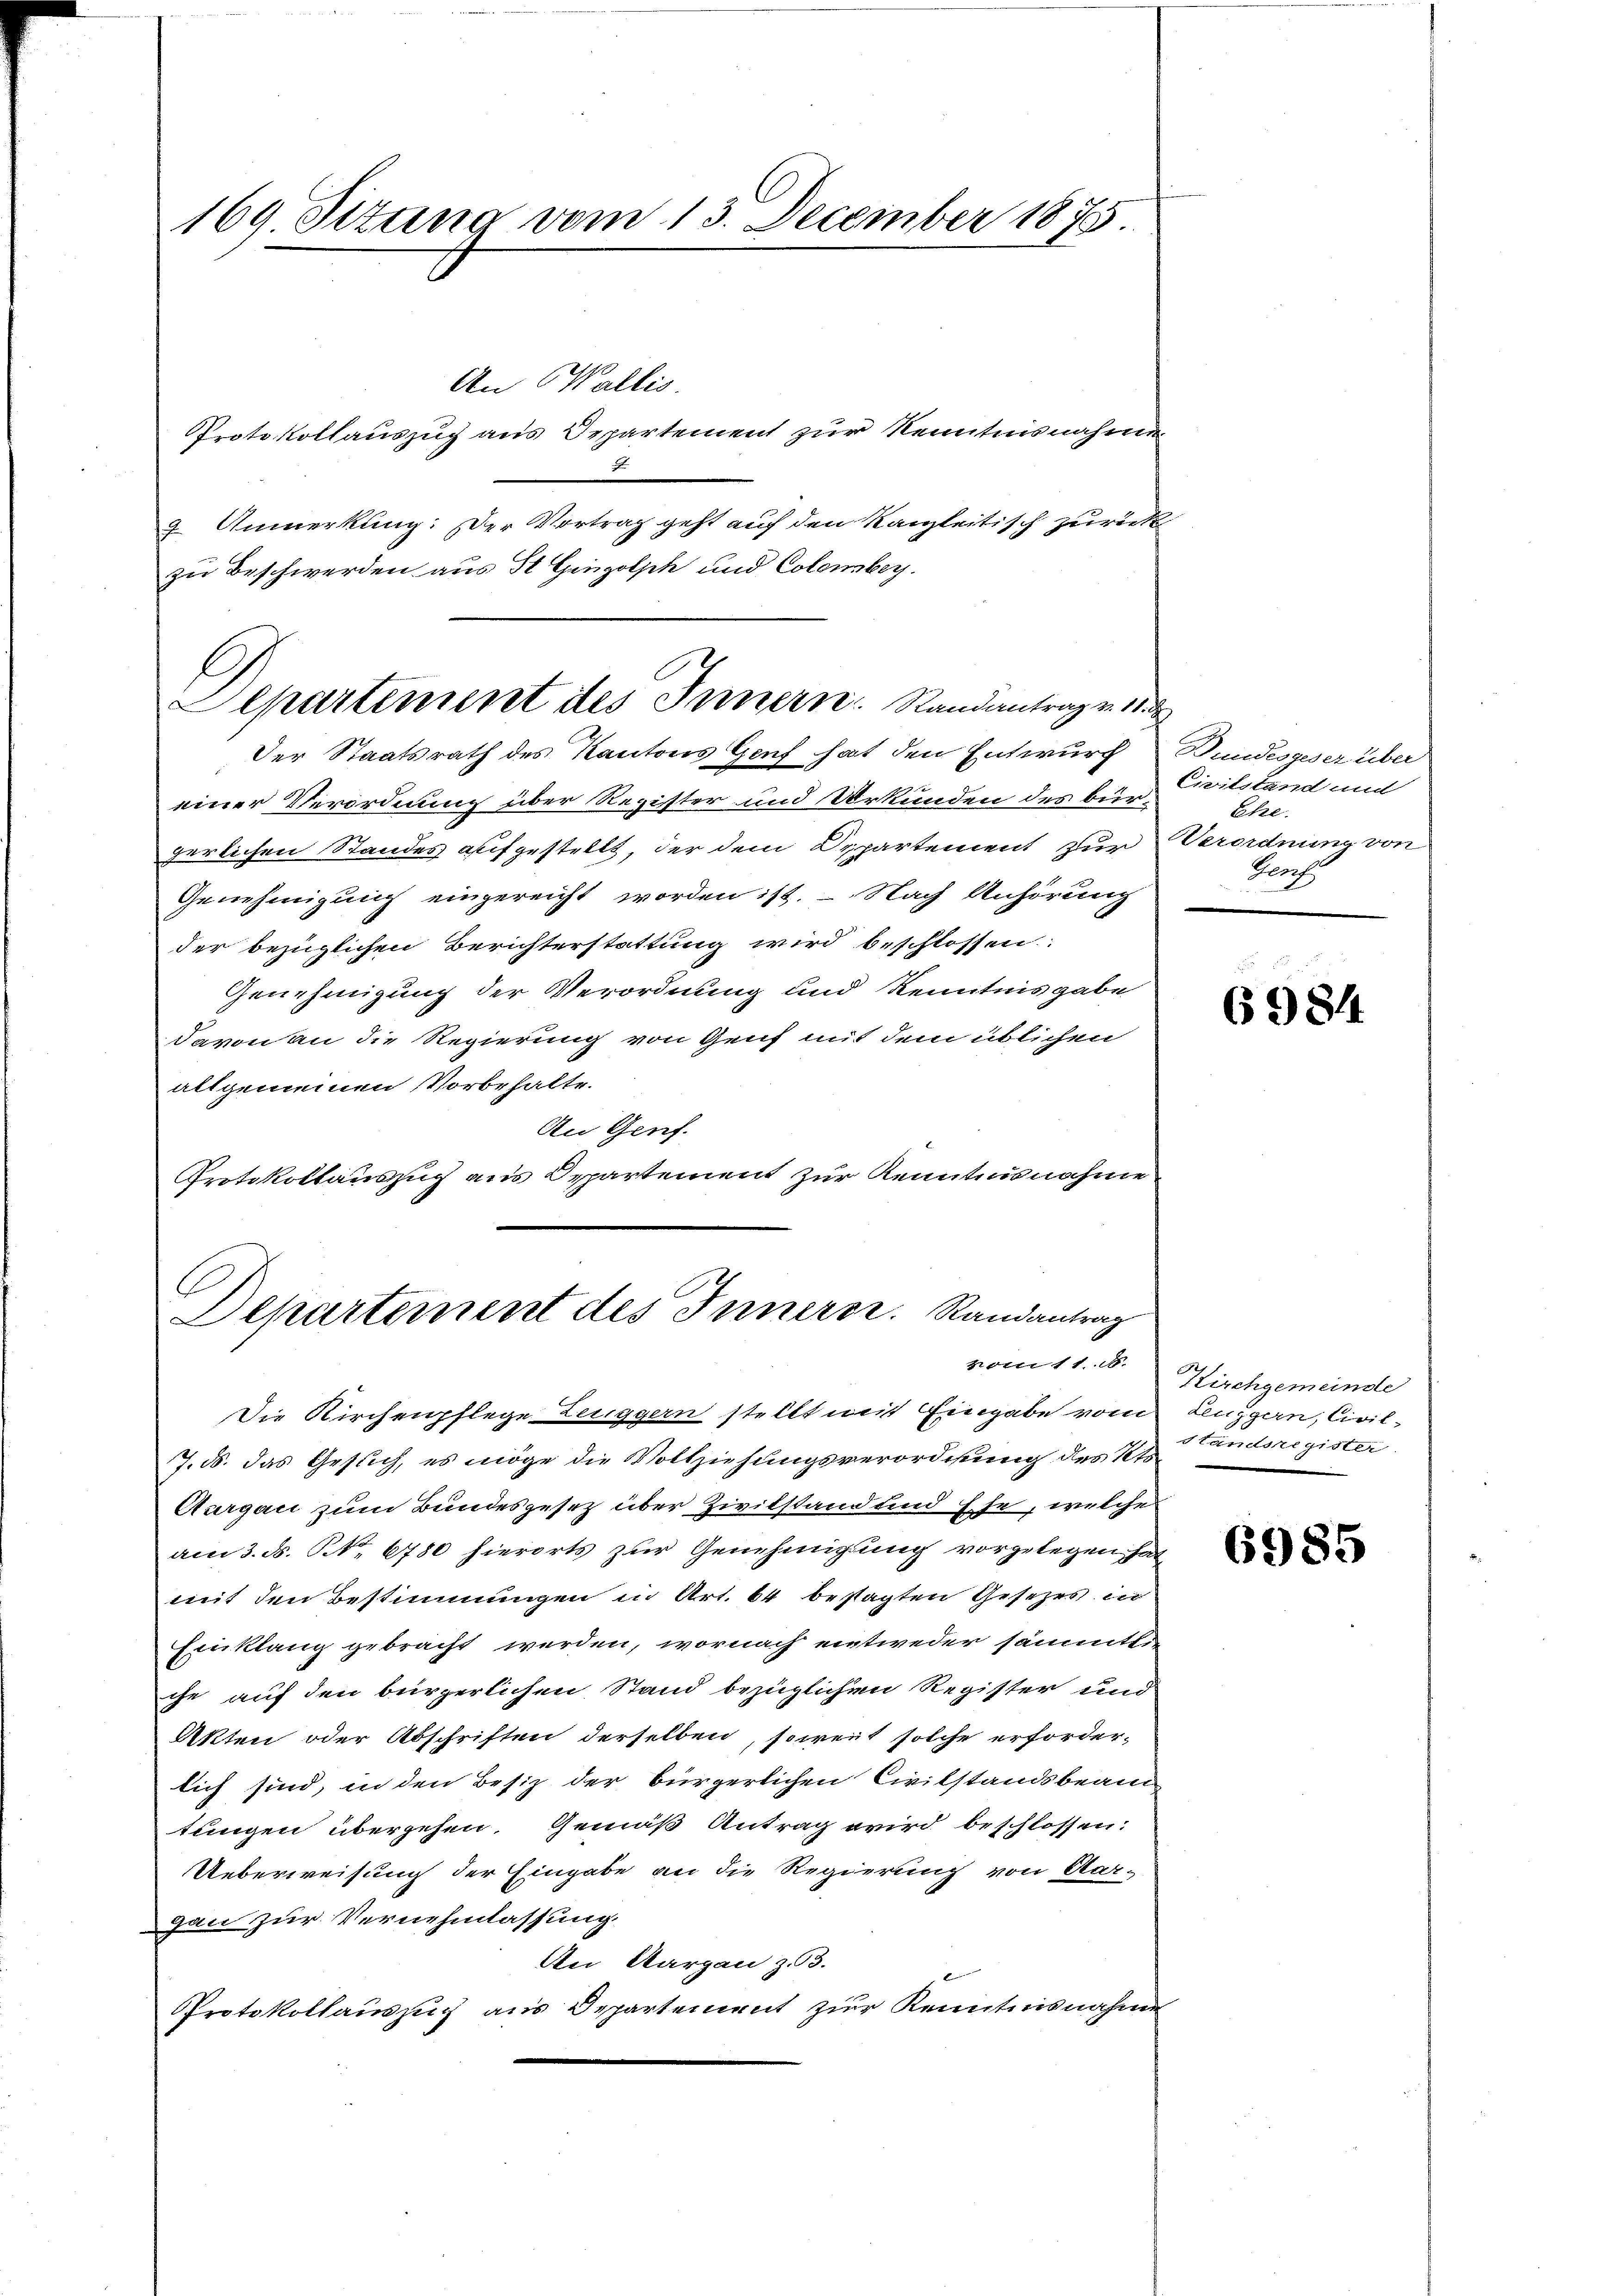
An Wallis.
Protokollauszug aus Departement zur Kenntnisnahme
g. Anmerkung: Der Vortrag geht auf den Kanzleitisch zurück
zu Beschwerden aus St. Ginzolph und Colomber.

169. Situng vom 13. December 1875.

G
Departement des Innern Randantrag v. 18. d

C
Departement des Innern. Randantrag
vom 11. N.

Der Staatsrath des Kantons Genf hat den Entwurf Bundesgeser über
einer Verordnung über Register und Urkunden des bürgerlichen Standes aufgestellt, der dem Departement zur
Genehmigung eingereicht worden ist. – Nach Anhörung
der bezüglichen Berichterstattung wird beschlossen.
Genehmigung der Verordnung und Kenntnisgabe
davon an die Regierung von Genf mit dem üblichen
allgemeinen Vorbehalte.
An Genf.
Protokollauszug aus Departement zur Kenntnisnahme

Die Kirchenpflege Zeuggern stellt mit Eingabe vom
J. ds. das Gesuch, es möge die Vollziehungsverordnung des Kts.

Aurgau zum Bundesgesetz über Zivilstand und Ehe, welche
am 3. ds. NNo. 6780 hierorts zur Genehmigung vorgelegen hat
mit den Bestimmungen in Art. 64 bestagten Gesetzes in
Einklang gebracht werden, wornach eintweder sämmtlie
che auf den bürgerlichen Stand bezüglichen Register und
Akten oder Abschriften derselben, soweit solche erforderlich sind, in den Besiz der bürgerlichen Civilstandsbeamtungen übergehen, Gemäß Antrag wird beschlossen:
Ueberweisung der Eingabe an die Regierung von Aar-
gan zur Vernehmlassung.
An Aargau z.53.
Protokollauszug aus Departement zur Kenntnisnahme

Civilstand und
Ehe.
Verordnung von
Porf

6984

Kirchgemeinde
Lenggern, Civil
Standsregister.

6985